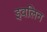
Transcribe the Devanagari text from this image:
इवलिन